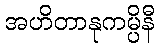
အဟိတာနုကမ္ပိနီ